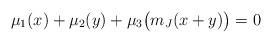
LaTeX: \begin{align*} \mu_1(x) + \mu_2(y) + \mu_3\bigl(m_J(x+y)\bigr)=0\end{align*}